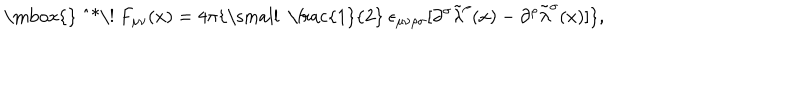
LaTeX: \mathrm { \mathrm { } ~ ^ { * } \! ~ } F _ { \mu \nu } ( x ) = 4 \pi \{ \mathrm { \small ~ \frac { 1 } { 2 } ~ } \epsilon _ { \mu \nu \rho \sigma } [ \partial ^ { \sigma } { \tilde { \lambda } } ^ { \rho } ( x ) - \partial ^ { \rho } { \tilde { \lambda } } ^ { \sigma } ( x ) ] \} ,